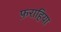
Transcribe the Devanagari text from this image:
फ़राहिया